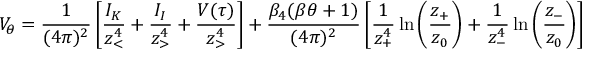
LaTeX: V _ { \theta } = { \frac { 1 } { ( 4 \pi ) ^ { 2 } } } \left[ { \frac { { \cal I } _ { K } } { z _ { < } ^ { 4 } } } + { \frac { { \cal I } _ { I } } { z _ { > } ^ { 4 } } } + { \frac { { \cal V } ( \tau ) } { z _ { > } ^ { 4 } } } \right] + { \frac { \beta _ { 4 } ( \beta \theta + 1 ) } { ( 4 \pi ) ^ { 2 } } } \left[ { \frac { 1 } { z _ { + } ^ { 4 } } } \ln \left( { \frac { z _ { + } } { z _ { 0 } } } \right) + { \frac { 1 } { z _ { - } ^ { 4 } } } \ln \left( { \frac { z _ { - } } { z _ { 0 } } } \right) \right]